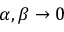
\alpha , \beta \to 0